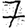
Digit: 7